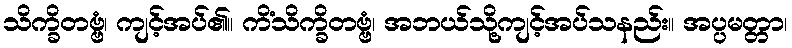
သိက္ခိတဗ္ဗံ၊ ကျင့်အပ်၏။ ကိံသိက္ခိတဗ္ဗံ၊ အဘယ်သို့ကျင့်အပ်သနည်း။ အပ္ပမတ္တာ၊